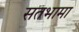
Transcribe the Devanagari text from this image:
सतभामा